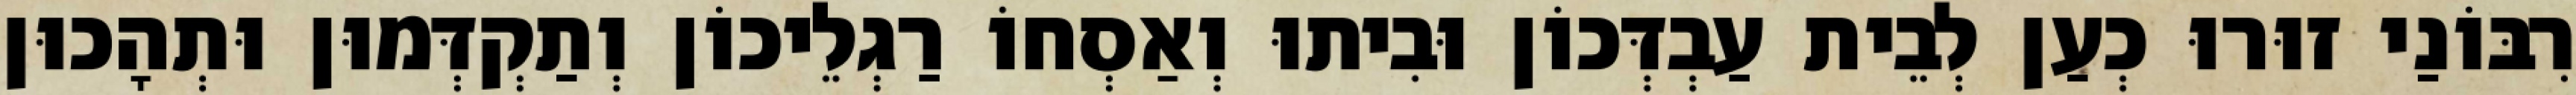
רִבּוֹנַי זוּרוּ כְעַן לְבֵית עַבְדְּכוֹן וּבִיתוּ וְאַסְחוֹ רַגְלֵיכוֹן וְתַקְדְּמוּן וּתְהָכוּן